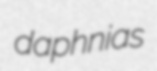
daphnias